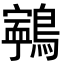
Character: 𪅢